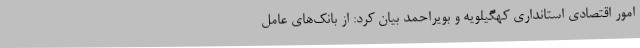
امور اقتصادی استانداری کهگیلویه و بویراحمد بیان کرد: از بانک‌های عامل